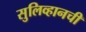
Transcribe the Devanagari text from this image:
सुलिव्हानची